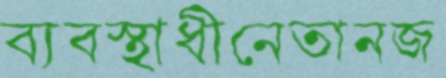
ব্যবস্থাধীনেতানজ